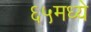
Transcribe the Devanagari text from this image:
६५मध्ये